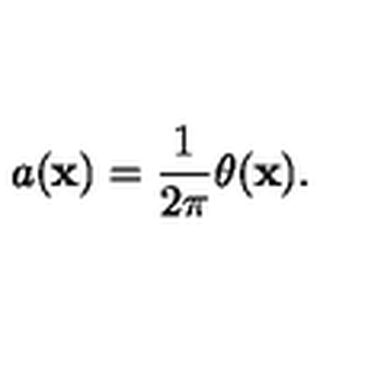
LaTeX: a ( { \bf x } ) = \frac { 1 } { 2 \pi } \theta ( { \bf x } ) .